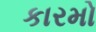
કારમો